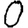
Digit: 0